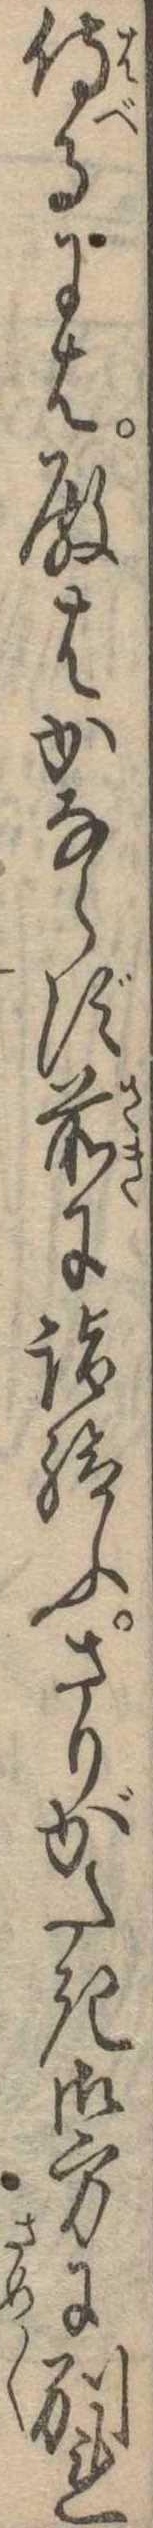
侍るには殿はかならず前に詣給ふさりがたき御方に別れ